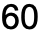
60